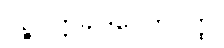
ပဉ္စပုတ္တခါဒပေတဝတ္ထု